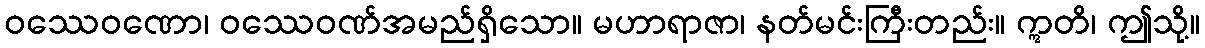
ဝဿေဝဏော၊ ဝဿေဝဏ်အမည်ရှိသော။ မဟာရာဇာ၊ နတ်မင်းကြီးတည်း။ ဣတိ၊ ဤသို့။